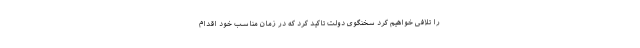
را تلافی خواهیم کرد سخنگوی دولت تاکید کرد که در زمان مناسب خود اقدام